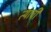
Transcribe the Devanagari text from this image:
त्‍याची